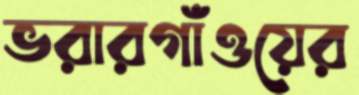
ভরারগাঁওয়ের